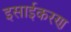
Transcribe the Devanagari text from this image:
इसाईकरण